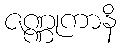
ဇဏ္ဏုကာနိ